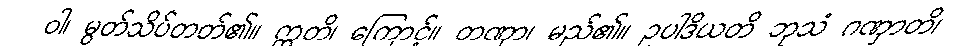
ဝါ၊ မွတ်သိပ်တတ်၏။ ဣတိ၊ ကြောင့်။ တဏှာ၊ မည်၏။ ဥပါဒိယတိ ဘုသံ ဂဏှာတိ၊